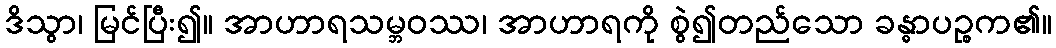
ဒိသွာ၊ မြင်ပြီး၍။ အာဟာရသမ္ဘဝဿ၊ အာဟာရကို စွဲ၍တည်သော ခန္ဓာပဉ္စက၏။